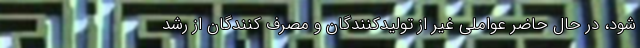
شود، در حال حاضر عواملی غیر از تولیدکنندگان و مصرف کنندگان از رشد